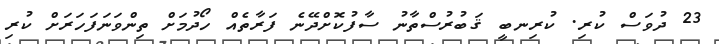
23 ދުވަސް ކުރި. ކުރިނބީ ޤަބުރުސްތާނު ސާފުކޮށްދޭނެ ފަރާތެއް ހޯދުމަށް ތިންވަނަފަހަރަށް ކުރި